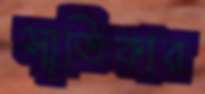
স্মৃতিকার